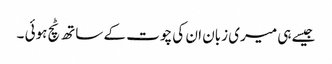
جیسے ہی میری زبان ان کی چوت کے ساتھ ٹچ ہوئی ۔